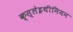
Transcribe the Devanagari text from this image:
क्स्लेइथीनियन